Lunatic asylums Madras 1877-1891 - 1877-1891
Year: 1877
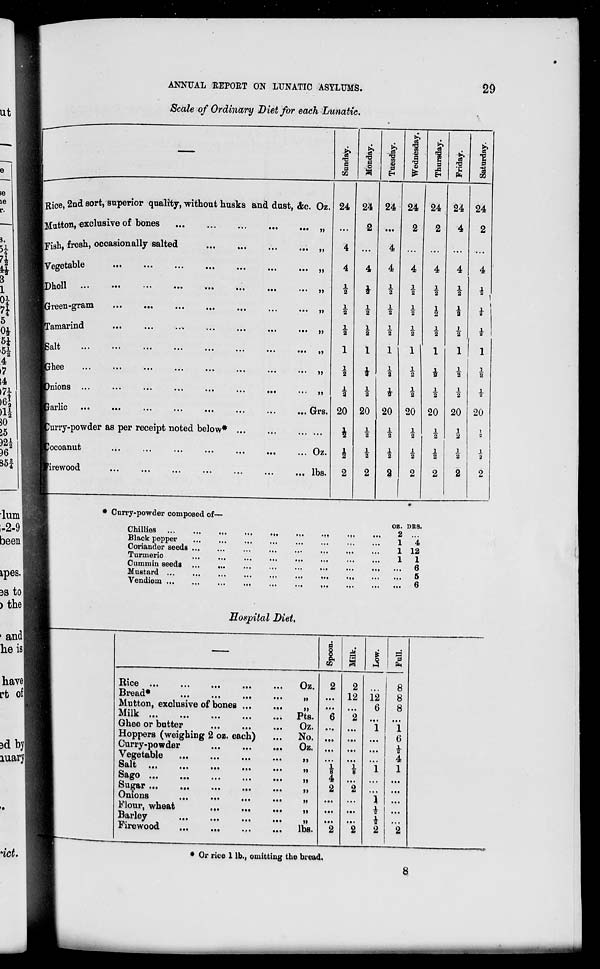
ANNUAL REPORT ON LUNATIC ASYLUMS.
29
Scale of Ordinary Diet for each Lunatic.
—
Rice 2nd sort, superior quality, without husks and dust, &c. Oz.
Mutton, exclusive of bones
...
...
...
...
...
...
„
Fish, fresh, occasionally salted
...
...
...
...
„
Vegetable
...
...
...
...
...
...
...
„
Dholl
...
...
...
...
...
...
...
...
„
Green-gram
...
...
...
...
...
...
...
„
Tamarind
...
...
...
...
...
...
...
„
Salt
...
...
...
...
...
...
...
...
„
Ghee
...
...
...
...
...
...
...
...
„
Onions ...
...
...
...
...
...
...
...
„
Garlic
...
...
...
...
...
...
... ... Grs.
urry-powder as per receipt noted below* ... ... ...
cocoanut
...
...
...
...
...
...
... Oz.
Firewood
...
...
...
...
...
...
... lbs.
Sunday.
24
...
4
4
½
½
½
1
½
½
20
½
½
2
Monday.
24
2
...
4
½
½
½
1
½
½
20
½
½
2
Tuesday.
24
...
4
4
½
½
½
1
½
½
20
½
½
2
Wednesday.
24
2
...
4
½
½
½
1
½
½
20
½
½
2
Thursday.
24
2
...
4
½
½
½
1
½
½
20
½
½
2
Friday.
24
4
...
4
½
½
½
1
½
½
20
½
½
2
Saturday.
24
2
...
4
½
½
½
1
½
½
20
½
½
2
* Curry-powder composed of—
Chillies
...
...
...
...
...
... ... ... ...
Black pepper ... ... ... ... ... ... ... ...
Coriander seeds ... ... ... ... ... ... ... ...
Turmeric ... ... ... ... ... ... ... ...
Cummin seeds ... ... ... ... ... ... ... ...
Mustard ... ... ... ... ... ... ... ...
Vendiem ... ... ... ... ... ... ... ...
oz.
2
1
1
1
...
...
...
DRS.
...
4
12
1
6
5
6
Hospital Diet.
—
Rice ... ... ... ... ... Oz.
Bread ... ... ... ... „
Mutton, exclusive of bones ... ... „
Milk
...
...
...
...
...
Pts.
Ghee or butter
...
...
...
Oz.
Hoppers (weighing 2 oz. each)
... No.
Curry-powder
...
...
...
Oz.
Vegetable
...
...
...
...
„
Salt
...
...
...
...
...
„
Sago
...
...
...
...
...
„
Sugar
...
...
...
...
...
„
Onions
...
...
...
...
„
Flour, wheat
...
...
...
„
Barley
...
...
...
...
„
Firewood
...
...
...
...
lbs.
Spoon.
2
...
...
6
...
...
...
...
1/8
4
2
...
...
...
2
Milk.
2
12
...
2
...
...
...
...
1/8
...
2
...
...
...
2
Low.
...
12
6
...
1
...
...
...
1
...
...
1
½
½
2
Full.
8
8
8
...
1
6
½
4
1
...
...
...
...
...
2
* Or rice 1 lb., omitting the bread.
8